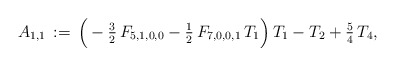
\begin{align*}A_{1,1}\,:=\,\Big(-\tfrac{3}{2}\,F_{5,1,0,0}-\tfrac{1}{2}\,F_{7,0,0,1}\,T_1\Big)\,T_1-T_2+\tfrac{5}{4}\,T_4,\end{align*}